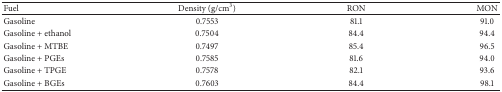
<table><thead><tr><td><b>Fuel</b></td><td><b>Density (g/cm<sup>3</sup>)</b></td><td><b>RON</b></td><td><b>MON</b></td></tr></thead><tbody><tr><td>Gasoline</td><td>0.7553</td><td>81.1</td><td>91.0</td></tr><tr><td>Gasoline + ethanol</td><td>0.7504</td><td>84.4</td><td>94.4</td></tr><tr><td>Gasoline + MTBE</td><td>0.7497</td><td>85.4</td><td>96.5</td></tr><tr><td>Gasoline + PGEs</td><td>0.7585</td><td>81.6</td><td>94.0</td></tr><tr><td>Gasoline + TPGE</td><td>0.7578</td><td>82.1</td><td>93.6</td></tr><tr><td>Gasoline + BGEs</td><td>0.7603</td><td>84.4</td><td>98.1</td></tr></tbody></table>